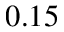
0 . 1 5